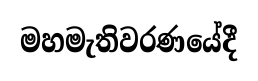
මහමැතිවරණයේදී